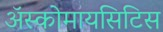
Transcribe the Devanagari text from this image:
अॅस्कोमायसिटिस